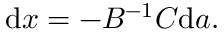
{ \mathrm { d } } x = - B ^ { - 1 } C { \mathrm { d } } a .